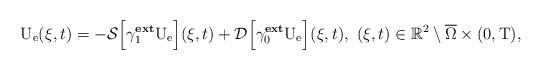
LaTeX: \begin{align*}\mathrm{U}_{\mathrm{e}}(\xi,t)&= -\mathcal{S}\Big[\gamma^{\textbf{ext}}_{1}\mathrm{U}_{\mathrm{e}}\Big](\xi,t) + \mathcal{D}\Big[\gamma^{\textbf{ext}}_{0}\mathrm{U}_{\mathrm{e}}\Big](\xi,t), \ (\xi,t) \in \mathbb{R}^2\setminus\overline{\Omega} \times (0,\mathrm{T}),\end{align*}